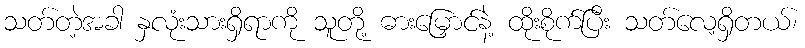
သတ်တဲ့အခါ နှလုံးသားရှိရာကို သူတို့ ဓားမြှောင်နဲ့ ထိုးစိုက်ပြီး သတ်လေ့ရှိတယ်၊